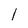
Character: 1